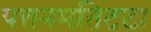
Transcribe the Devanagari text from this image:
पत्तनमतिटटा